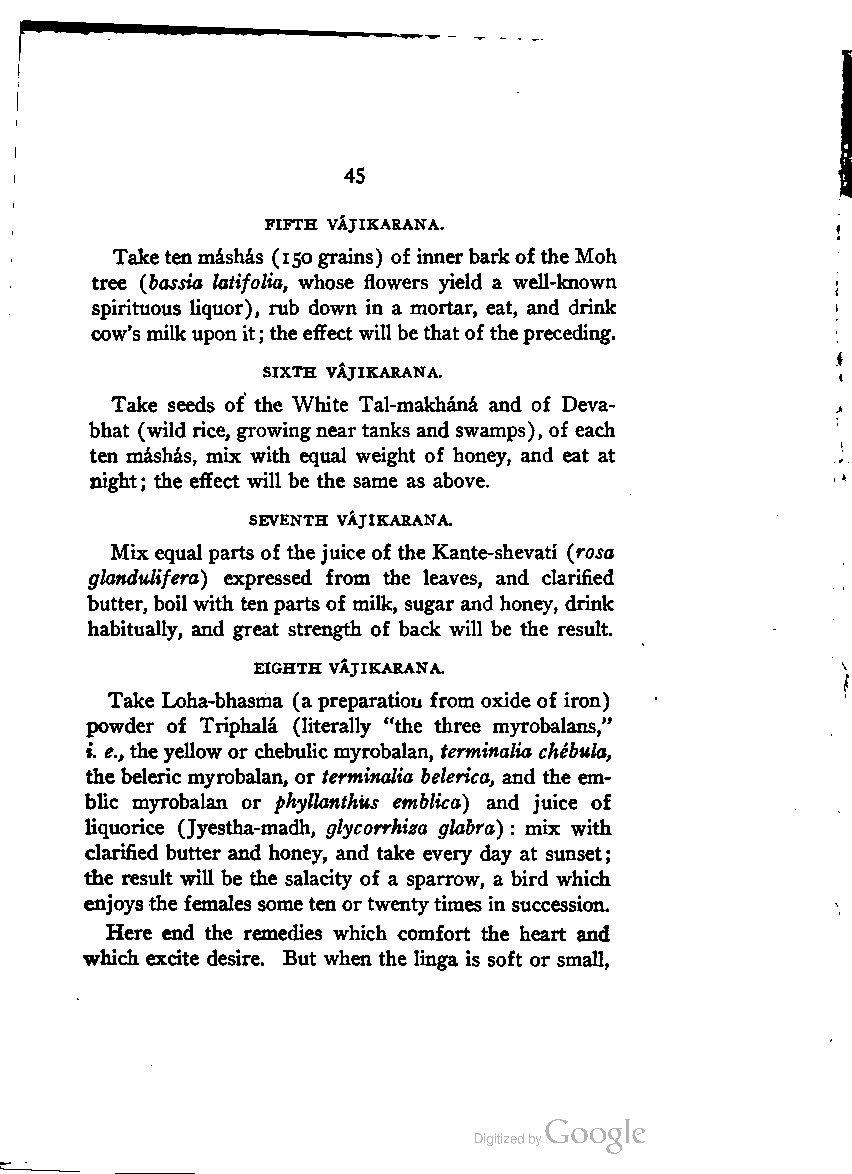
45
 FIFTH vAjIKARANA.
 Taketenmashas (150grains) of innerbarkof the Moh
 tree (bassia latifolia, whose flowers yield a well-known
 spirituous liquor), rub down in a mortar, eat, and drink
 cow's milkuponit; theeffectwill bethatof thepreceding.
 SIXTH VAjIKARANA.
 Take seeds of the White Tal-makhana and of Deva-
 bhat (wild rice, growingneartanks and swamps), of each
 ten mashas, mix with equal weight of honey, and eat at
 night; the effect will be the same as above.
 SEVENTH VAJIKARANA.
 Mix equal parts of the juice of the Kante-shevati (rosa
 glandulifera) expressed from the leaves, and clarified
 butter, boilwith tenparts of milk, sugar and honey, drink
 habitually, and great strength of back will be the result.
 EIGHTH VAjIKARANA.
 Take Loha-bhasma (a preparation from oxide of iron)
 powder of Triphala (literally "the three myrobalans,"
 i. e., theyellow or chebulic myrobalan, terminalia chebula,
 the beleric myrobalan, or terminalia belerica, and the em-
 blic myrobalan or phyllanthus emblica) and juice of
 liquorice (Jyestha-madh, glycorrhiza glabra) : mix with
 clarified butter and honey, and take every day at sunset;
 the result will be the salacity of a sparrow, a bird which
 enjoysthe females some ten ortwentytimes in succession.
 Here end the remedies which comfort the heart and
 which excite desire. But when the linga is soft or small,